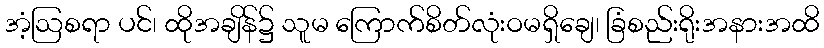
အံ့ဩစရာ ပင်၊ ထိုအချိန်၌ သူမ ကြောက်စိတ်လုံးဝမရှိချေ၊ ခြံစည်းရိုးအနားအထိ